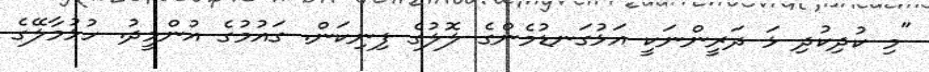
"މި ކުދިކުދި ޅަ ދަރީންނަކީ އަޅުގަނޑުމެންގެ ލޮލުގެ ފިނިކަން. ގައުމުގެ އުންމީދު. ހުޅުމާލޭގެ